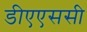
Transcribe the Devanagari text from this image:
डीएएससी